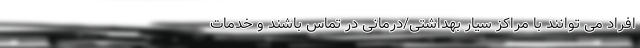
افراد می توانند با مراکز سیار بهداشتی/درمانی در تماس باشند و خدمات